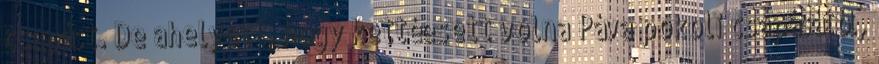
csapást. De ahelyett, hogy kettéesett volna Páva pokoli csapásától,